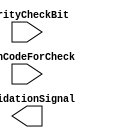
module ParityChecker(
		input [7:0] scanCodeForCheck,
		input 		  parityCheckBit,
		output 		validationSignal
    );
  
	assign validationStrobe = ((
					scanCodeForCheck[0] ^
					scanCodeForCheck[1] ^
					scanCodeForCheck[2] ^
					scanCodeForCheck[3] ^
					scanCodeForCheck[4] ^ 
					scanCodeForCheck[5] ^
					scanCodeForCheck[6] ^
					scanCodeForCheck[7] == 
					PARITY_CHECK_BIT))
				 ?(1):(0);

endmodule